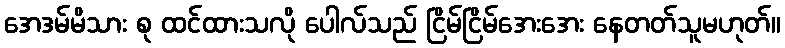
အေဒမ်မိသား စု ထင်ထားသလို ပေါလ်သည် ငြိမ်ငြိမ်အေးအေး နေတတ်သူမဟုတ်။